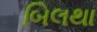
બિલથા